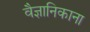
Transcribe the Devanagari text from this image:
वैज्ञानिकाना